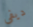
ديفي